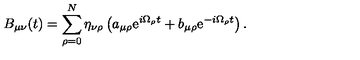
B _ { \mu \nu } ( t ) = \sum _ { \rho = 0 } ^ { N } \eta _ { \nu \rho } \left( a _ { \mu \rho } \mathrm { e } ^ { i \Omega _ { \rho } t } + b _ { \mu \rho } \mathrm { e } ^ { - i \Omega _ { \rho } t } \right) .